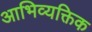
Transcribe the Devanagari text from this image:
आभिव्यक्तिक